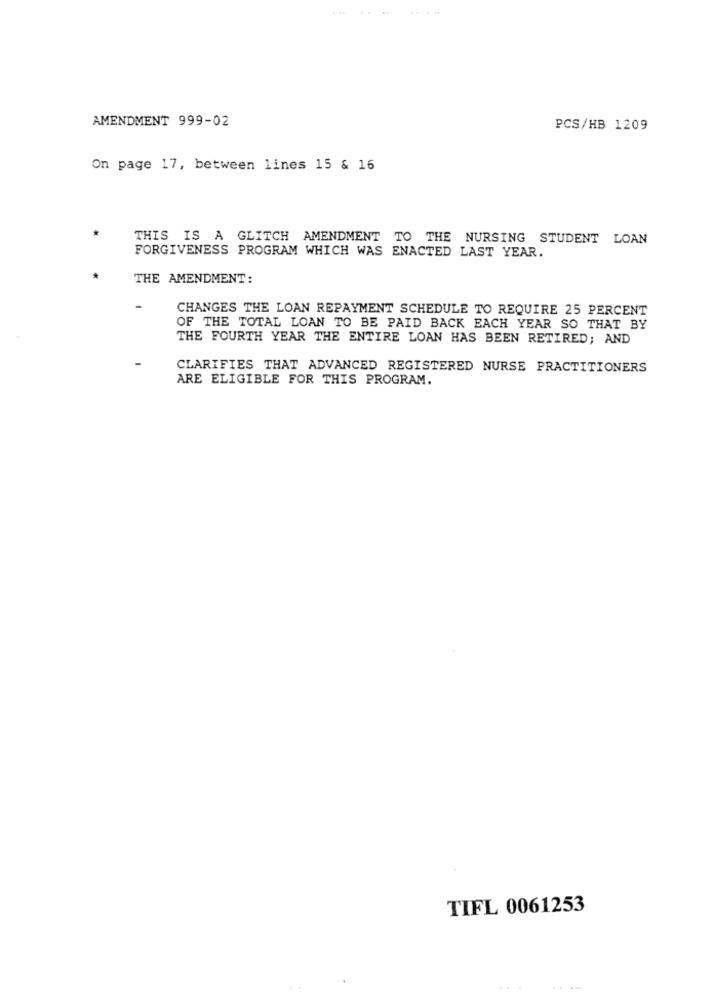
AMENDMENT 999-02
PCS/HB 1209
On page 17, between lines 15 & 16
THIS IS A GLITCH AMENDMENT TO THE NURSING STUDENT LOAN
FORGIVENESS PROGRAM WHICH WAS ENACTED LAST YEAR.
THE AMENDMENT:
CHANGES THE LOAN REPAYMENT SCHEDULE TO REQUIRE 25 PERCENT
OF THE TOTAL LOAN TO BE PAID BACK EACH YEAR SO THAT BY
THE FOURTH YEAR THE ENTIRE LOAN HAS BEEN RETIRED; AND
CLARIFIES THAT ADVANCED REGISTERED NURSE PRACTITIONERS
ARE ELIGIBLE FOR THIS PROGRAM.
TIFL 0061253